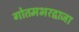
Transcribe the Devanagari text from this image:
गोतमभरद्वाजा